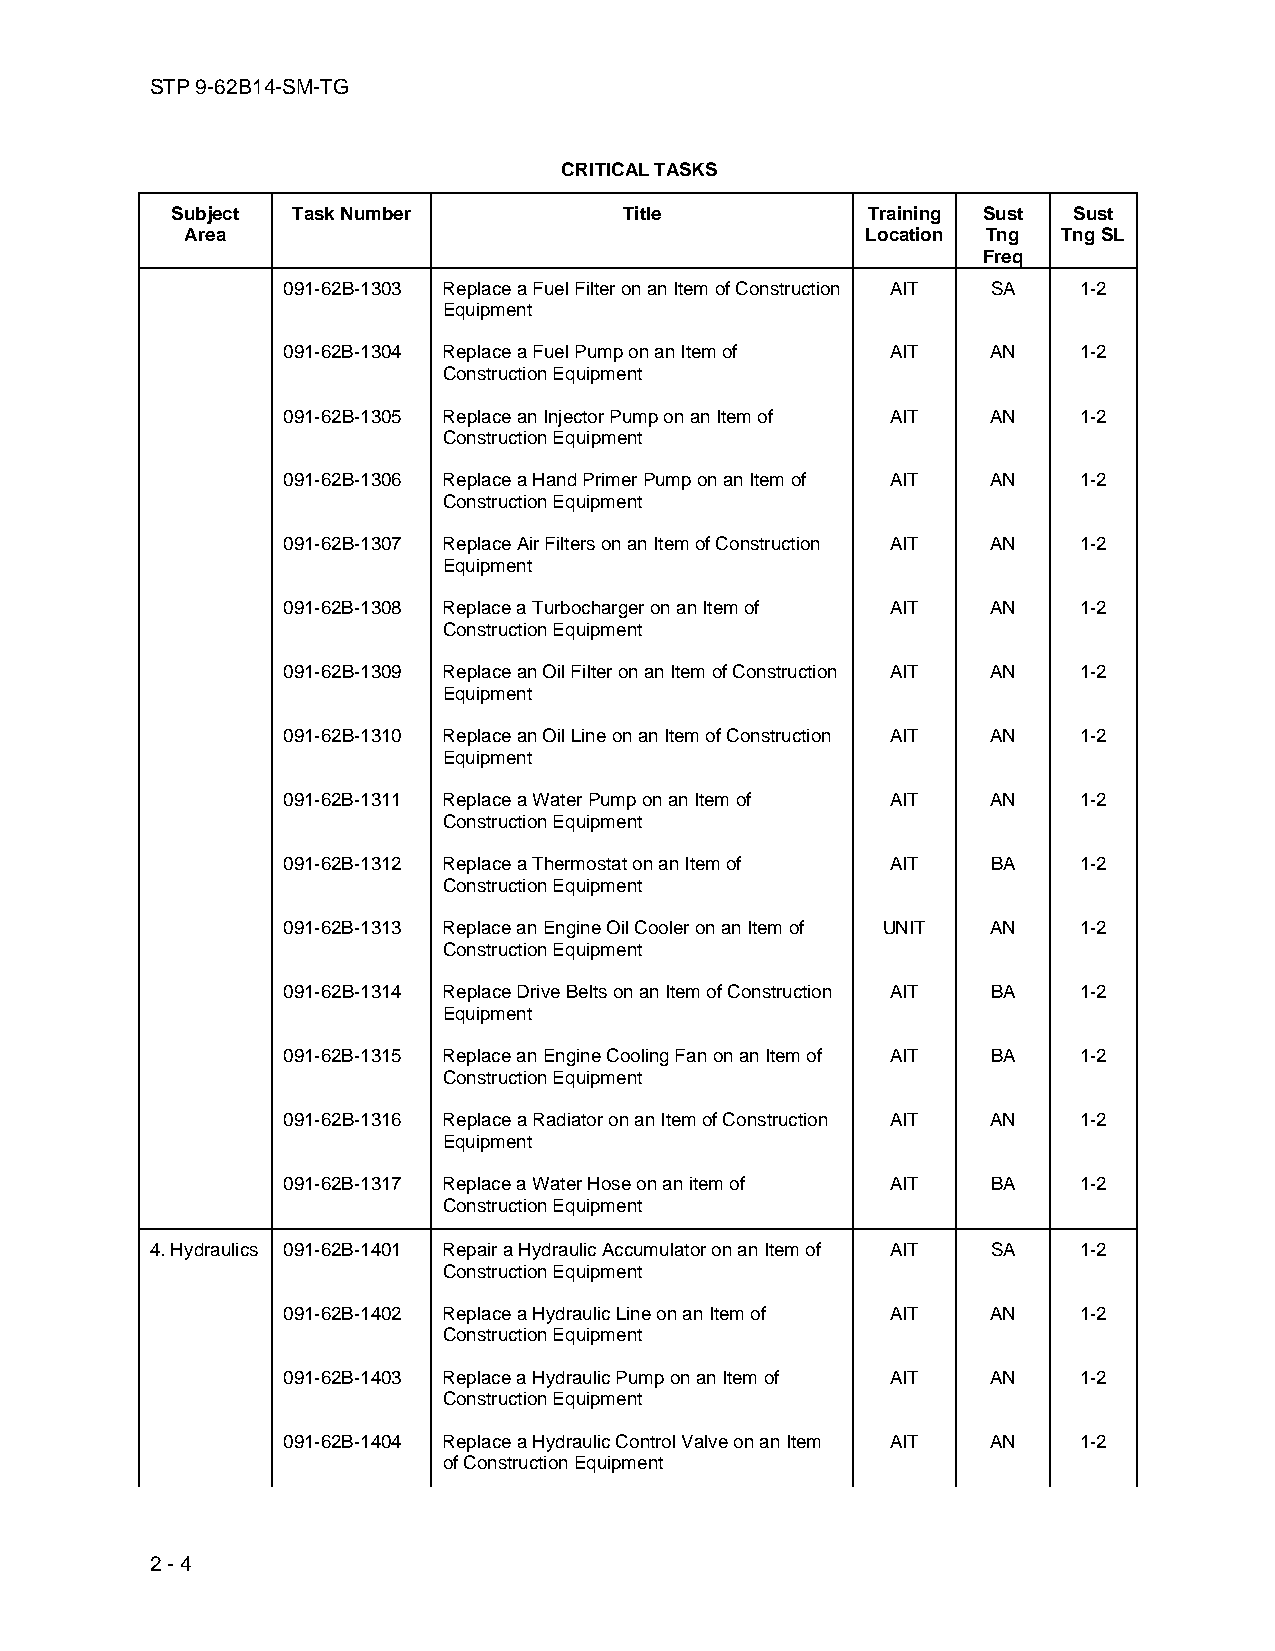
STP 9-62B14-SM-TG
 CRITICAL TASKS
 Subject Task Number           Title           Training Sust Sust
 Area                                         Location Tng Tng SL
 Freq
 091-62B-1303 Replace a Fuel Filter on an Item of Construction AIT SA 1-2
 Equipment
 091-62B-1304 Replace a Fuel Pump on an Item of AIT AN 1-2
 Construction Equipment
 091-62B-1305 Replace an Injector Pump on an Item of AIT AN 1-2
 Construction Equipment
 091-62B-1306 Replace a Hand Primer Pump on an Item of AIT AN 1-2
 Construction Equipment
 091-62B-1307 Replace Air Filters on an Item of Construction AIT AN 1-2
 Equipment
 091-62B-1308 Replace a Turbocharger on an Item of AIT AN 1-2
 Construction Equipment
 091-62B-1309 Replace an Oil Filter on an Item of Construction AIT AN 1-2
 Equipment
 091-62B-1310 Replace an Oil Line on an Item of Construction AIT AN 1-2
 Equipment
 091-62B-1311 Replace a Water Pump on an Item of AIT AN 1-2
 Construction Equipment
 091-62B-1312 Replace a Thermostat on an Item of AIT BA 1-2
 Construction Equipment
 091-62B-1313 Replace an Engine Oil Cooler on an Item of UNIT AN 1-2
 Construction Equipment
 091-62B-1314 Replace Drive Belts on an Item of Construction AIT BA 1-2
 Equipment
 091-62B-1315 Replace an Engine Cooling Fan on an Item of AIT BA 1-2
 Construction Equipment
 091-62B-1316 Replace a Radiator on an Item of Construction AIT AN 1-2
 Equipment
 091-62B-1317 Replace a Water Hose on an item of AIT BA 1-2
 Construction Equipment
 4. Hydraulics 091-62B-1401 Repair a Hydraulic Accumulator on an Item of AIT SA 1-2
 Construction Equipment
 091-62B-1402 Replace a Hydraulic Line on an Item of AIT AN 1-2
 Construction Equipment
 091-62B-1403 Replace a Hydraulic Pump on an Item of AIT AN 1-2
 Construction Equipment
 091-62B-1404 Replace a Hydraulic Control Valve on an Item AIT AN 1-2
 of Construction Equipment
 2 - 4